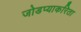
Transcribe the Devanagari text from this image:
जोडप्याकरिता